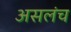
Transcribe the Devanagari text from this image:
असलंच